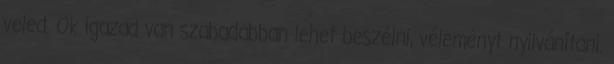
veled. Ok igazad van szabadabban lehet beszélni, véleményt nyilvánítani.